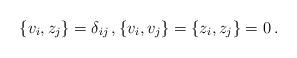
LaTeX: \begin{align*} \{v_i,z_j\}=\delta_{ij}\,,\{v_i,v_j\}=\{z_i,z_j\}=0\,.\end{align*}